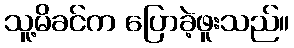
သူ့မိခင်က ပြောခဲ့ဖူးသည်။